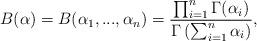
LaTeX: \begin{align*}B(\alpha)=B(\alpha_1,...,\alpha_n)=\frac{\prod_{i=1}^{n}\Gamma(\alpha_i)}{\Gamma\left(\sum_{i=1}^{n}\alpha_i\right)},\end{align*}